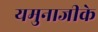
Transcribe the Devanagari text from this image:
यमुनाजीके